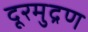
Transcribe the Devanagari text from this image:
दूरमुद्रण